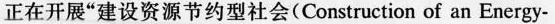
正在开展”建设资源节约型社会(Construction of an Energy-